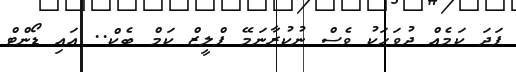
ފަދަ ކަމެއް ދުވަހަކު ވެސް ނުކުރާނަމޭ ޕްލީޒް ކަމް ބެކް.. އައި ޑޯންޓް